Code of medical and sanitary regulations for the guidance of medical officers serving in the Madras Presidency - Volume I
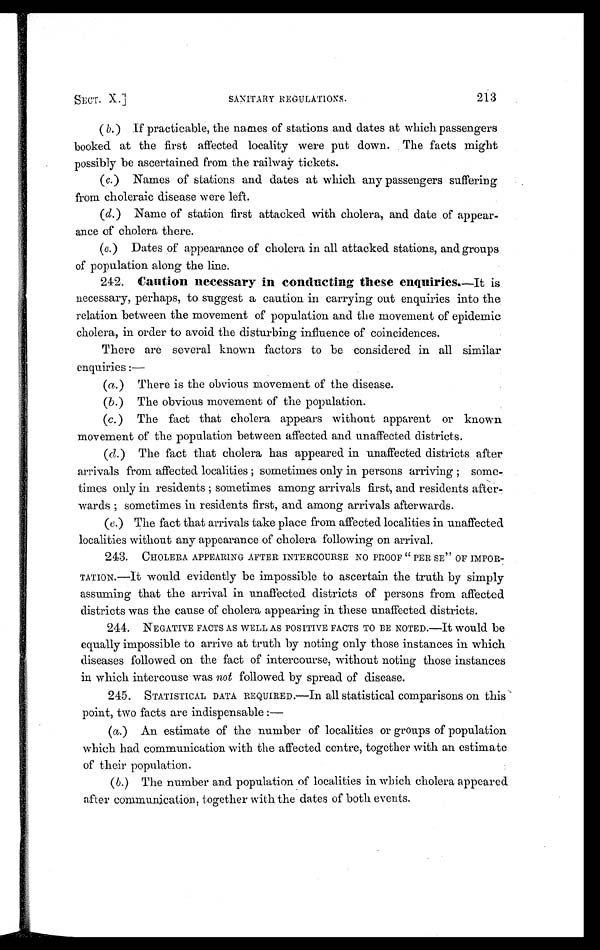
SECT. X.]
SANITARY REGULATIONS.
213
(b.) If practicable, the names of stations and dates at which passengers
booked at the first affected locality were put down. The facts might
possibly be ascertained from the railway tickets.
(c.) Names of stations and dates at which any passengers suffering
from choleraic disease were left.
(d.) Name of station first attacked with cholera, and date of appear-
ance of cholera there.
(e.) Dates of appearance of cholera in all attacked stations, and groups
of population along the line.
242. Caution necessary in conducting these enquiries.— I t i s
necessary, perhaps, to suggest a caution in carrying out enquiries into the
relation between the movement of population and the movement of epidemic
cholera, in order to avoid the disturbing influence of coincidences.
There are several known factors to be considered in all similar
enquiries :—
(a.) There is the obvious movement of the disease.
(b.) The obvious movement of the population.
(c.) The fact that cholera appears without apparent or known
movement of the population between affected and unaffected districts.
(d.) The fact that cholera has appeared in unaffected districts after
arrivals from affected localities ; sometimes only in persons arriving ; some-
times only in residents ; sometimes among arrivals first, and residents after-
wards ; sometimes in residents first, and among arrivals afterwards.
(e.) The fact that arrivals take place from affected localities in unaffected
localities without any appearance of cholera following on arrival.
243. CHOLERA APPEARING AFTER INTERCOURSE NO PROOF " PERSE " OF IMPOR-
TATION.—It would evidently be impossible to ascertain the truth by simply
assuming that the arrival in unaffected districts of persons from affected
districts was the cause of cholera appearing in these unaffected districts.
244. NEGATIVE FACTS AS WELL AS POSITIVE FACTS TO BE NOTED.—It would be
equally impossible to arrive at truth by noting only those instances in which
diseases followed on the fact of intercourse, without noting those instances
in which intercouse was not followed by spread. of disease.
245. STATISTICAL DATA REQUIRED.—In all statistical comparisons on this
point, two facts are indispensable :
—
(a.) An estimate of the number of localities or groups of population
which had communication with the affected centre, together with an estimate
of their population.
(b.) The number and population of localities in which cholera appeared
after communication, together with the dates of both events,